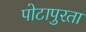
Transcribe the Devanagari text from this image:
पोटापुरता